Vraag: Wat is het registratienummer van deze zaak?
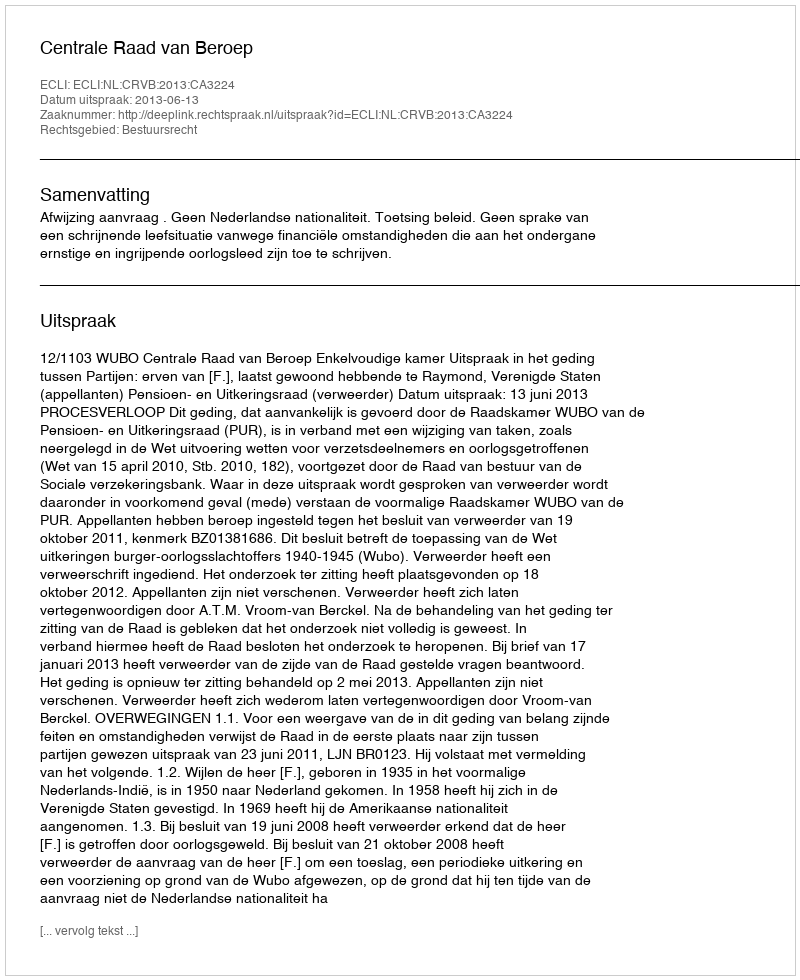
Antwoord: http://deeplink.rechtspraak.nl/uitspraak?id=ECLI:NL:CRVB:2013:CA3224